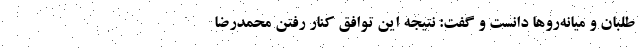
طلبان و میانه‌روها دانست و گفت: نتیجه این توافق کنار رفتن محمدرضا